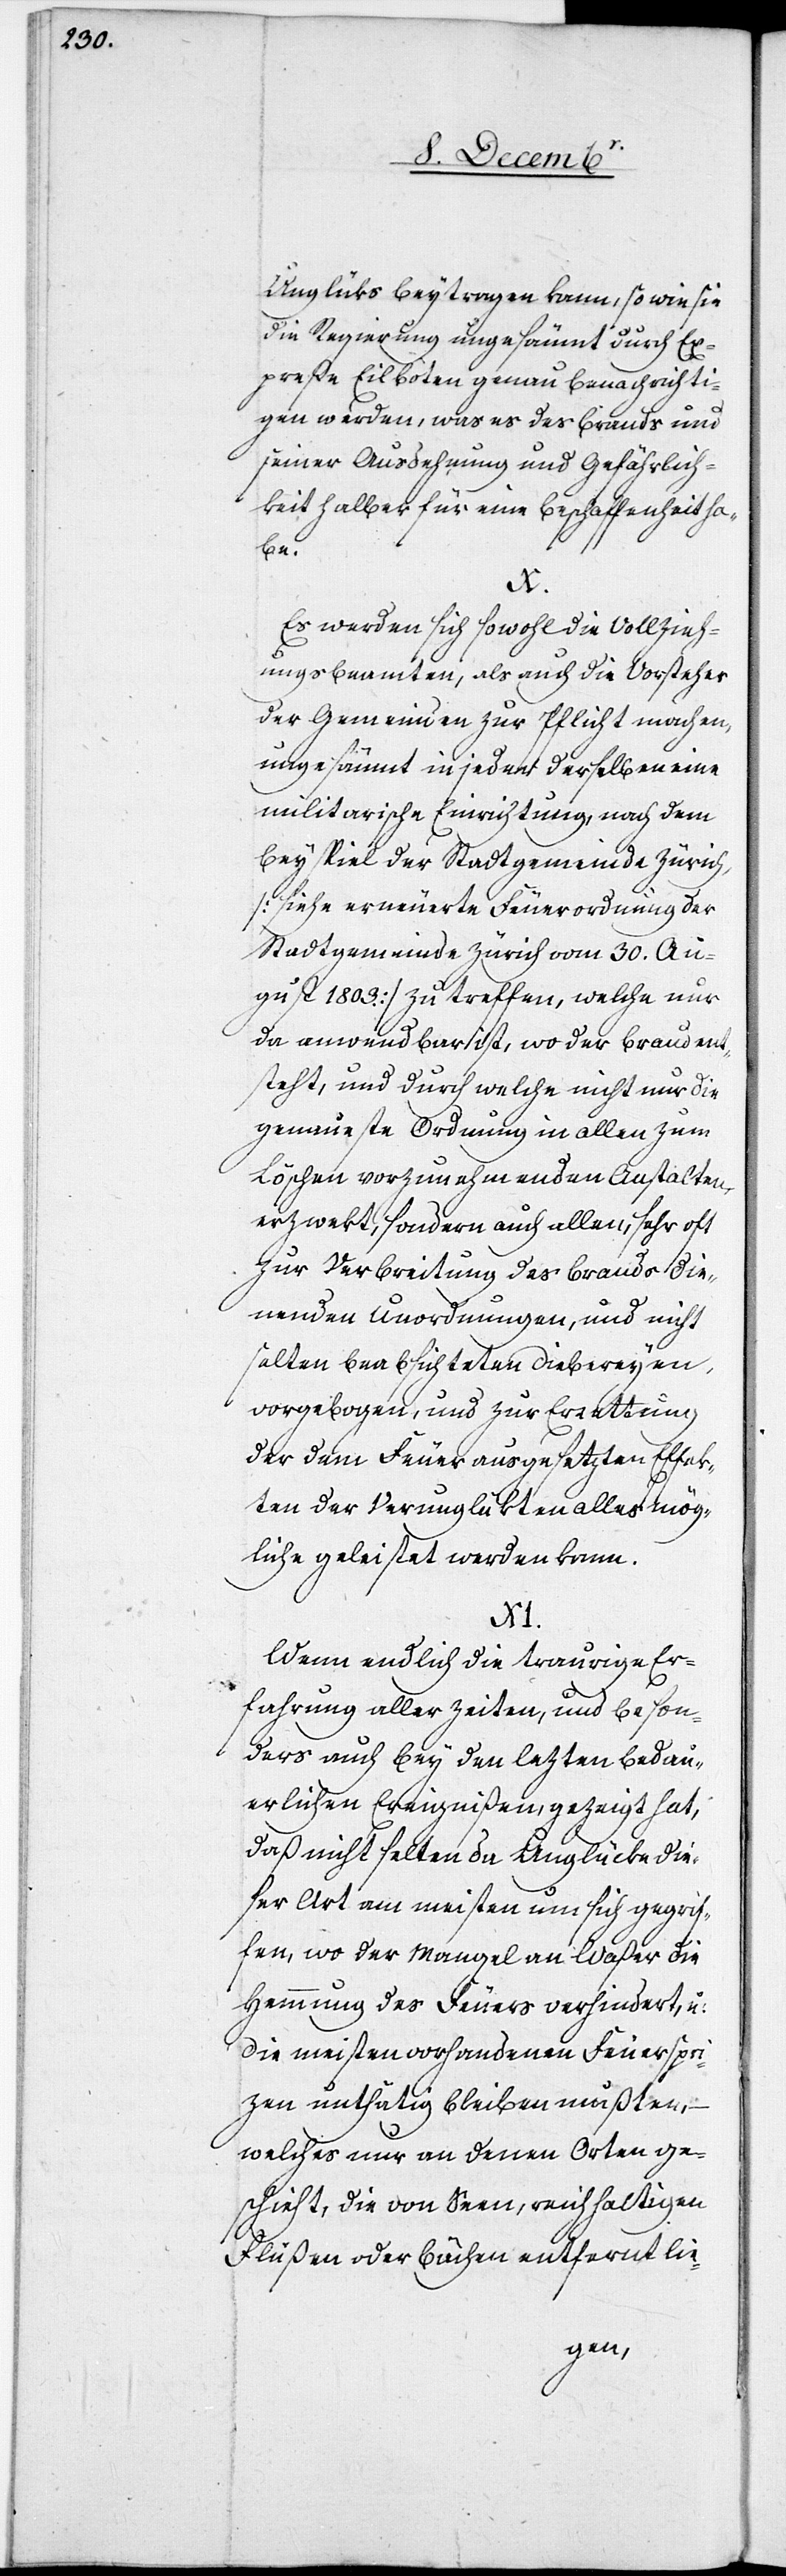
Unglüks beytragen kann, so wie sie
die Regierung ungesäumt durch Ex¬
preße Eilboten genau benachrichti¬
gen werden, was es des Brands und
seiner Ausdehnung und Gefährlich¬
keit halber für eine Beschaffenheit ha¬
be.
Es werden sich sowohl die Vollzieh¬
ungsbeamten, als auch die Vorsteher
der Gemeinden zur Pflicht machen,
ungesäumt in jeden derselben eine
militarische Einrichtung, nach dem
Beyspiel der Stadtgemeinde Zürich,
[siehe erneuerte Feuerordnung der
Stadtgemeinde Zürich vom 30. Au¬
gust 1803.] zu treffen, welche nur
da anwendbar ist, wo der Brand ents¬
teht, und durch welche nicht nur die
genaueste Ordnung in allen zum
Löschen vorzunehmenden Anstalten
erzwekt, sondern auch allen, sehr oft
zur Verbreitung des Brands die¬
nenden Unordnungen, und nicht
selten beabsichteten Diebereyen,
vorgebogen, und zur Errettung
der dem Feuer ausgesetzten Effek¬
ten der Verunglükten alles mög¬
liche geleistet werden kann.
XI.
Wenn endlich die traurige Er¬
fahrung aller Zeiten, und beson¬
ders auch bey den lezten bedau¬
erlichen Ereignißen, gezeigt hat,
daß nicht selten da Unglüke die¬
ser Art am meisten um sich gegrif¬
fen, wo der Mangel an Waßer die
Hemmung des Feuers verhindert, u:
die meisten vorhandenen Feuerspri¬
zen unthätig bleiben mußten, –
welches nur an denen Orten ge¬
schieht, die von Seen, reichhaltigen
Flüßen oder Bächen entfernt lie-